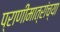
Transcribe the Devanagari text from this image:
प्राणीमात्रांच्या